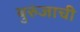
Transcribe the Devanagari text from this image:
बुरुंजाची